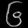
Digit: ၆